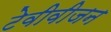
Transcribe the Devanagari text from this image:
टेवीवीजन